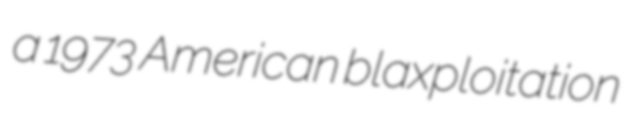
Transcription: a 1973 American blaxploitation